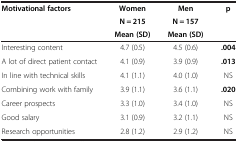
| Motivational factors | Women | Men | p |
 |  | N = 215 | N = 157 |  |
 |  | Mean (SD) | Mean (SD) |  |
 | --- | --- | --- | --- |
 | Interesting content | 4.7 (0.5) | 4.5 (0.6) | .004 |
 | A lot of direct patient contact | 4.1 (0.9) | 3.9 (0.9) | .013 |
 | In line with technical skills | 4.1 (1.1) | 4.0 (1.0) | NS |
 | Combining work with family | 3.9 (1.1) | 3.6 (1.1) | .020 |
 | Career prospects | 3.3 (1.0) | 3.4 (1.0) | NS |
 | Good salary | 3.1 (0.9) | 3.2 (1.1) | NS |
 | Research opportunities | 2.8 (1.2) | 2.9 (1.2) | NS |